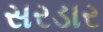
સરડાર